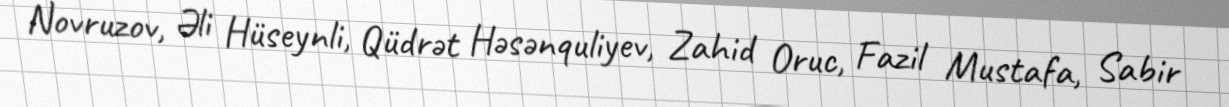
Novruzov, Əli Hüseynli, Qüdrət Həsənquliyev, Zahid Oruc, Fazil Mustafa, Sabir